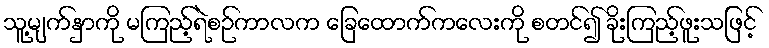
သူ့မျက်နှာကို မကြည့်ရဲစဉ်ကာလက ခြေထောက်ကလေးကို စတင်၍ ခိုးကြည့်ဖူးသဖြင့်